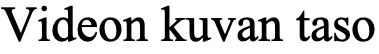
Videon kuvan taso